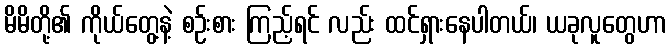
မိမိတို့၏ ကိုယ်တွေ့နဲ့ စဉ်းစား ကြည့်ရင် လည်း ထင်ရှားနေပါတယ်၊ ယခုလူတွေဟာ